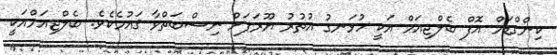
ކިންގްޑަމް އޮފް ބެލްޖިއަމް އަކީ ހުޅަނގު އުތުރު ޔޫރަޕަށް ނިސްބަތްވާ ޤައުމެކެވެ. ބެލްޖިއަމްއަކީ